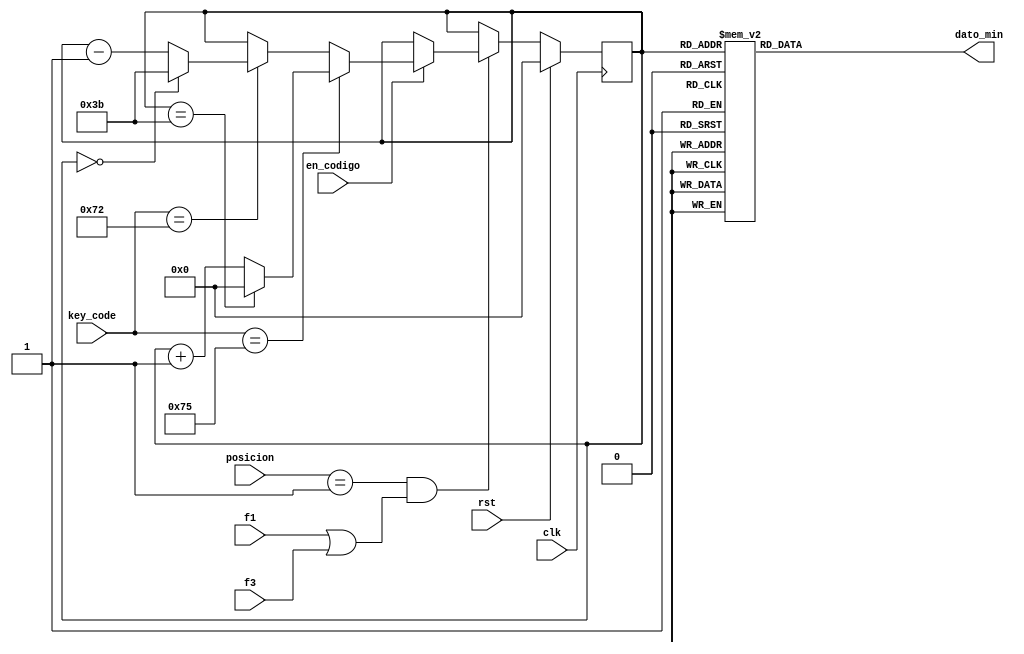
module cont_min(
	input clk, rst,
	input [P-1:0]posicion,
	input en_codigo, f1,f3,
	input[N-1:0] key_code,
	output reg [N-1:0] dato_min
    );

reg [5:0] min;
parameter maximo =6'd59;
parameter N=8;
parameter P=2;

 always @ (posedge clk)
	begin
      if (rst)
         min <= 0;
		else if (posicion==2'd1 && (f1==1'b1 || f3==1'b1))
		begin
			if(en_codigo)
			begin
				if (key_code==8'h75) //tecla 8 (subir)
				begin
					if (min == maximo)
						min <= 0;
					else 
						min <= min + 1'd1;
				end
				else if (key_code==8'h72) //tecla 2 (bajar)
				begin
					if (min == 0)
						min <= maximo;
					else 
						min <= min - 1'd1;
				end
				else 
					min <= min;
			end
			else 
				min <= min;
		end 
		else 
			min <= min;
	end
	
	always @ (min)
		case (min)
		   0 : dato_min <=8'h00;
 			1 : dato_min <=8'h01;
			2 : dato_min <=8'h02;
			3 : dato_min <=8'h03;
			4 : dato_min <=8'h04;
			5 : dato_min <=8'h05;
			6 : dato_min <=8'h06;
			7 : dato_min <=8'h07;
			8 : dato_min <=8'h08;
			9 : dato_min <=8'h09;
			10 : dato_min <=8'h10;
			11 : dato_min <=8'h11;
			12 : dato_min <=8'h12;
			13 : dato_min <=8'h13;
 			14 : dato_min <=8'h14;
			15 : dato_min <=8'h15;
			16 : dato_min <=8'h16;
			17 : dato_min <=8'h17;
			18 : dato_min <=8'h18;
			19 : dato_min <=8'h19;
			20 : dato_min <=8'h20;
			21 : dato_min <=8'h21;
			22 : dato_min <=8'h22;
			23 : dato_min <=8'h23;
 			24 : dato_min <=8'h24;
			25 : dato_min <=8'h25;
			26 : dato_min <=8'h26;
			27 : dato_min <=8'h27;
			28 : dato_min <=8'h28;
			29 : dato_min <=8'h29;
			30 : dato_min <=8'h30;
			31 : dato_min <=8'h31;
			32 : dato_min <=8'h32;
			33 : dato_min <=8'h33;
 			34 : dato_min <=8'h34;
			35 : dato_min <=8'h35;
			36 : dato_min <=8'h36;
			37 : dato_min <=8'h37;
			38 : dato_min <=8'h38;
			39 : dato_min <=8'h39;
			40 : dato_min <=8'h40;
			41 : dato_min <=8'h41;
			42 : dato_min <=8'h42;
			43 : dato_min <=8'h43;
 			44 : dato_min <=8'h44;
			45 : dato_min <=8'h45;
			46 : dato_min <=8'h46;
			47 : dato_min <=8'h47;
			48 : dato_min <=8'h48;
			49 : dato_min <=8'h49;
			50 : dato_min <=8'h50;
			51 : dato_min <=8'h51;
			52 : dato_min <=8'h52;
			53 : dato_min <=8'h53;
 			54 : dato_min <=8'h54;
			55 : dato_min <=8'h55;
			56 : dato_min <=8'h56;
			57 : dato_min <=8'h57;
			58 : dato_min <=8'h58;
			59 : dato_min <=8'h59;
			default: dato_min <=8'h00;
		endcase
endmodule